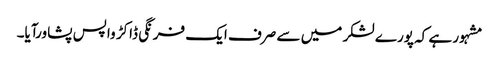
مشہور ہے کہ پورے لشکر میں سے صرف ایک فرنگی ڈاکڑ واپس پشاورآیا۔